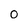
Character: O